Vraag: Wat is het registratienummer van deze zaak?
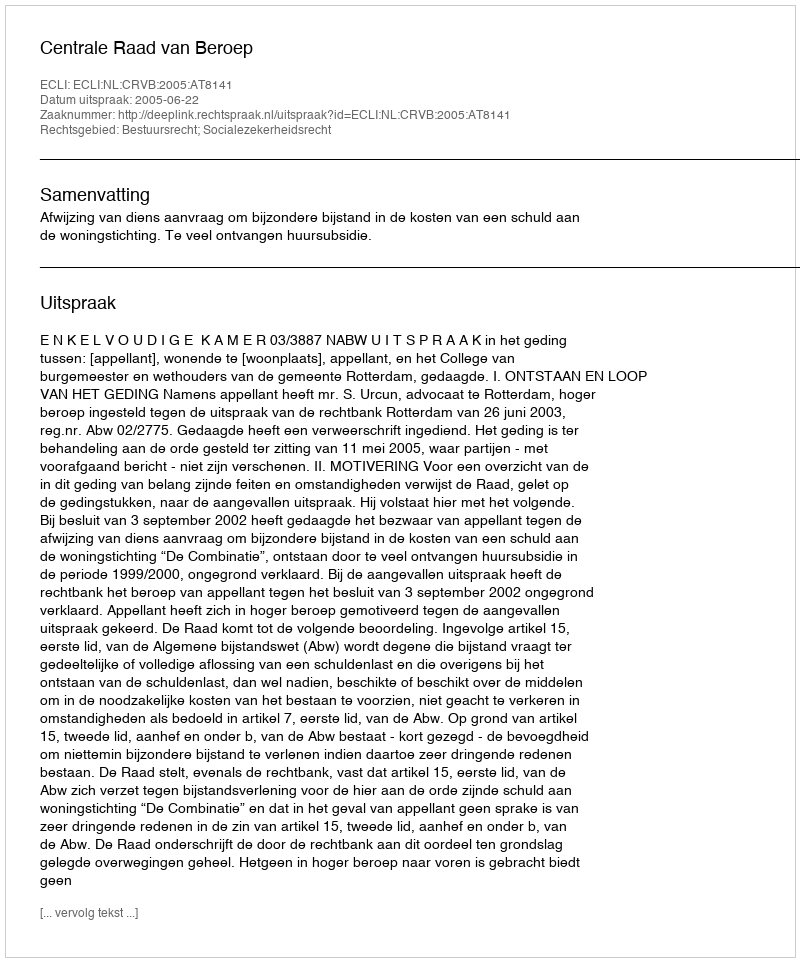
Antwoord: http://deeplink.rechtspraak.nl/uitspraak?id=ECLI:NL:CRVB:2005:AT8141